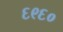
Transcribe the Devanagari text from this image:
६९६०